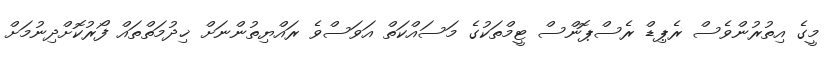
މީގެ އިތުރުންވެސް ރެޕިޑް ރެސްޕޮންސް ޓީމްތަކުގެ މަސައްކަތް އަވަސްވެ ރައްޔިތުންނަށް ޚިދުމަތްތައް ފޯރުކޮށްދިނުމަށް